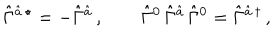
LaTeX: \hat { \Gamma } { } ^ { \hat { a } \, \star } = - \hat { \Gamma } { } ^ { \hat { a } } \, , \qquad \hat { \Gamma } { } ^ { 0 } \, \hat { \Gamma } { } ^ { \hat { a } } \, \hat { \Gamma } { } ^ { 0 } = \hat { \Gamma } { } ^ { \hat { a } \, \dagger } \, ,